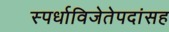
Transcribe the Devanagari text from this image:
स्पर्धाविजेतेपदांसह